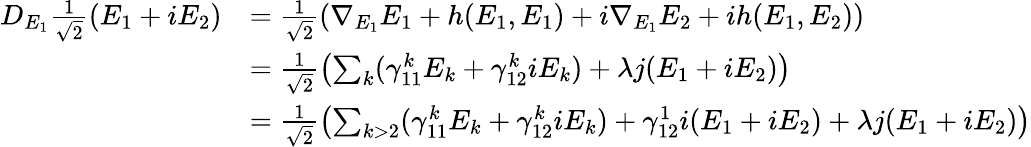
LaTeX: \begin{array}{rl}{D_{E_{1}}\frac{1}{\sqrt{2}}(E_{1}+iE_{2})}&{=\frac{1}{\sqrt{2}}(\nabla_{E_{1}}E_{1}+h(E_{1},E_{1})+i\nabla_{E_{1}}E_{2}+ih(E_{1},E_{2}))}\\ &{=\frac{1}{\sqrt{2}}\left(\sum_{k}(\gamma_{11}^{k}E_{k}+\gamma_{12}^{k}iE_{k})+\lambda j(E_{1}+iE_{2})\right)}\\ &{=\frac{1}{\sqrt{2}}\left(\sum_{k>2}(\gamma_{11}^{k}E_{k}+\gamma_{12}^{k}iE_{k})+\gamma_{12}^{1}i(E_{1}+iE_{2})+\lambda j(E_{1}+iE_{2})\right)}\end{array}